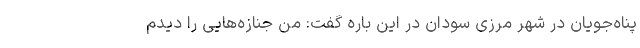
پناه‌جویان در شهر مرزی سودان در این باره گفت: من جنازه‌هایی را دیدم